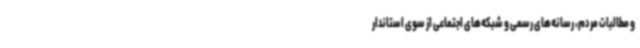
و مطالبات مردم، رسانه‌های رسمی و شبکه‌های اجتماعی از سوی استاندار